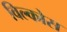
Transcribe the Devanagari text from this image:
विल्कोस